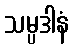
သမ္ပဒါနံ